Vaccination in Burma 1912-1922 - 1912-1922
Year: 1912
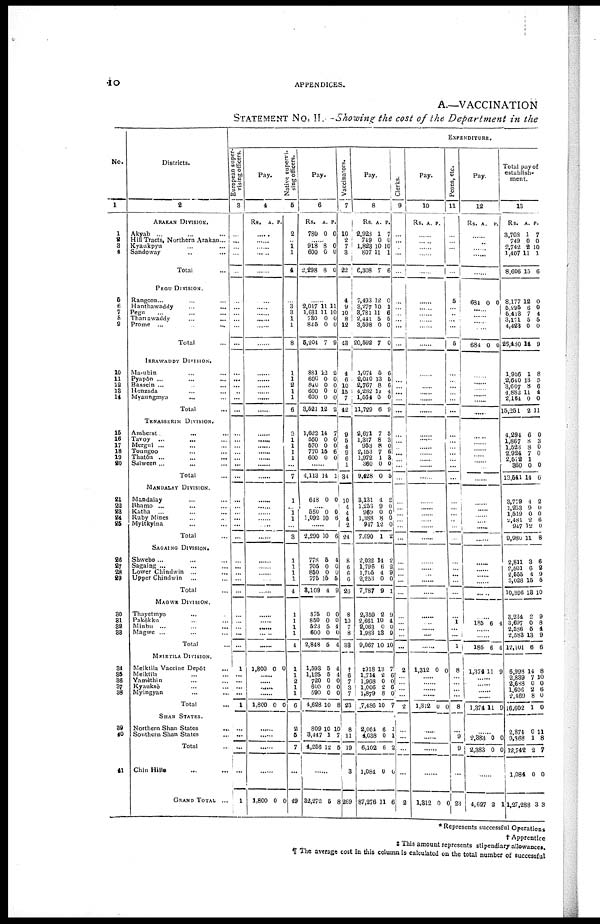
10
APPENDICES.
A.—VACCINATION
STATEMENT No. II.—Showing the cost of the Department in the
No.
1
1
2
3
4
5
6
7
8
9
10
11
12
18
14
15
16
17
18
19
20
21
22
23
24
25
26
27
28
29
30
31
32
33
34
35
36
37
38
39
40
41
Districts.
2
ARAKAN DIVISION.
Akyab ... ... ... ...
Hill Tracts, Northern Arakan...
Kyaukpyu ... ... ... ...
Sandoway ... ...
Total ...
PEGU DIVISION.
Rangoon... ... ... ...
Hanthawaddy ... ... ... ...
Pegu ... ... ... ...
Tharrawaddy ... ...
Prome ...
... ... ...
Total ...
IRRAWADDY DIVISION.
Ma-ubin ... ... ...
Pyapôn ... ... ...
Bassein ... ... ...
Henzada ... ... ...
Myaungmya
... ... ...
Total ...
TENASSERIM DIVISION.
Amherst
... ... ...
Tavoy
... ... ...
Mergui ... ... ...
Toungoo ... ... ...
Thatôn ... ... ...
Salween ... ... ...
Total ...
MANDALAY DIVISION.
Mandalay ... ...
Bhamo ... ... ... ...
Katha ... ... ...
Ruby Mines ... ...
Myitkyina ... ...
Total ...
SAGAING DIVISION.
Shwebo ... ... ...
Sagaing ... ... ...
Lower Chindwin ... ... ...
Upper Chindwin
... ...
Total ...
MAGEW DIVISION.
Thayetmyo ... ...
Pakôkku ... ...
Minbu ... ... ...
Magwe ... ... ...
Total ...
MEIKTILA DIVISION.
Meiktila Vaccine Depôt ...
Meiktila ... ... ...
Yamèthin ... ... ...
Kyauksè ... ...
Myingyan ... ...
Total ...
SHAN STATES.
Northern Shan States ...
Southern Shan States ...
Total ...
Chin Hills ... ...
GRAND TOTAL ...
EXPENDITURE.
European super¬
vising officers.
3
...
...
...
...
...
...
...
...
...
...
...
...
...
...
...
...
...
...
...
...
...
...
...
...
...
...
...
...
...
...
...
...
...
...
...
...
...
...
...
...
1
...
...
...
...
1
...
...
...
...
1
Pay.
4
Rs. A. P.
......
......
......
......
......
......
......
......
......
......
......
......
......
......
......
......
......
......
......
......
......
......
......
......
......
......
......
......
......
......
......
......
......
......
......
......
......
......
......
......
1,800 0 0
......
......
......
......
1,800 0 0
......
......
......
......
1,800 0 0
Native supervi-
sing officers.
5
2
...
1
1
4
......
3 3
1
1
8
1
1
2
1
1
6
3
1
1
1
1
...
7
1
...
1
1
...
8
1
1
1
1
4
1
1
1
1
4
1
1
2 1
1
6
2
5
7
...
49
Pay.
6
Rs.
780
A.
0
P.
0
......
918
600
2,298
8
0
8
0 0
0
......
2,017
1,631
730
825
5,204
11
11
0
0
7
11
10
0
0
9
881
600
840
600
600
3,521
12
0
0
0
0
12
2
0
0
0
0
2
1,622
560
570
770
600
14
0
0
15
0
7
0
0
6
0
......
4,113 14 1
648 0 0
......
550
1,092
0
10
0
6
2,290 10 6
778
705
850
775
3,109
5
0
0
15
4
4
0
0
5
9
875
850
523
600
2,848
0
0
5
0
5
0
0
4
0
4
1,593
1,125
720
600
590
4,628
5
5
0
0
0
10
4
4
0
0
0
8
809
3,447
4,256
10
1
12
10
7
5
......
32,272 5 8
Vaccinators.
7
10
2
7
3
22
4
9
10
8
12
43
4
6
10
15
7
42
9
5
4
9
6 1
34
10
4
4
4
2
24
8
6
0
0
26
8
10
7
8
33
†
6
7
3
7
23
8
11
19
3
269
Pay.
8
Rs.
2,928
749
1,823
807
6,308
A.
1
0
10
11
7
P.
7
0
10
1
6
7,493
3,277
8,781
2,441
3,598
20,592
12
10
11
5
0
7
0
1
6
5
0
0
1,074
2,040
2,767
4,282
1,564
11,729
5
13
8
11
0
6
6
5
6
4
0
9
2,671
1,317
953
2,153
1,972
360
9,428
7
8
8
7
1
0
0
5
3
0 6
3
0
5
3,131
1,253
969
1,388
947
7,690
1
9
0
8
12
1
2
0
0 0
0
2
2,032
1,796
1,705
2,253
7,787
14
6
4
0
9
2
2
9
0
1
2,359
2,661
2,063
1,983
9,067
2
10
0
13
10
9
4
0
9
10
‡918
1,714
1,968
1,006
1,879
7,486
13
2
0
2
8
10
7
6
0 6
0
7
2,064
4,038
6,102
1,084
87,276
6
0
6
0
11
1
1
2
0
6
Clerks.
9
...
...
...
...
...
...
...
...
...
...
...
...
...
...
...
...
...
...
...
...
...
...
...
...
...
...
...
...
...
...
...
...
...
...
...
...
...
...
...
...
2
...
...
...
...
2
...
...
...
...
2
Pay.
10
Rs. A. P.
......
......
......
......
......
......
......
......
......
......
......
......
......
......
......
......
......
......
......
......
......
......
......
......
......
......
......
......
......
......
......
......
......
......
......
......
......
......
.......
......
1,312 0 0
......
......
......
......
1,312 0 0
......
......
......
......
1,312 0 0
Peons, etc.
11
...
...
...
...
...
5
...
...
...
...
5
...
...
...
...
...
...
...
...
...
...
...
...
...
...
...
...
...
...
...
...
...
...
...
...
...
1
...
...
1
8
...
...
...
...
8
...
9
9
...
23
Pay.
12
Rs. A. P.
......
......
......
......
......
684 0 0
......
......
......
.......
684 0 0
......
......
......
......
......
......
......
......
......
......
......
......
......
......
......
......
......
......
......
......
......
......
......
......
185 6 4
......
......
185 6 4
1,374 11 9
......
......
......
......
1,374 11 9
......
2,383
2,383
0
0
0
0
......
4,627 2 1
Total pay of
establish¬
ment.
13
Rs.
3,708
749
2,742
1,407
8,606
A.
1
0
2
11
15
P.
7
0
10
1
6
8,177
5,295
5,413
3,171
4,423
26,480
12
6
7
5
0
14
0
0
4
5
0
9
1,956
2,640
3,607
4,882
2,164
15,251
1
13
8
11
0
2
8
5
6
4
0
11
4,294
1,867
1,523
2,924
2,572
360
13,541
6
8
8
7
1
0
14
0
3
0
0
0 0
6
3,779
1,253
1,519
2,481
947
9,980
4
0
0
2
12
11
2
0
0 6
0
8
2,811
2,501
2,555
3,028
10,896
3
6
4
15
13
6
2
9
5
10
3,234
3,697
2,586
2,583
12,101
2
0
5
13
6
9
8
4
9
6
6,998
2,839
2,688
1,606
2,469
16,602
14
7
0 2
8
1
8
10
0
6
0
0
2,874
9,868
12,742
1,084
1,27,288
0
1
2
0
3
11
8
7
0
3
* Represents successful Operations
† Apprentice
‡ This amount represents stipendiary allowances.
¶ The average cost in this column is calculated on the total number of successful